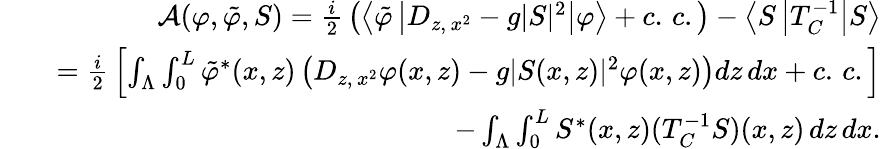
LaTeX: \begin{array}{rlr}&{}&{\mathcal{A}(\varphi,\tilde{\varphi},S)=\frac{i}{2}\, \left(\left\langle\tilde{\varphi}\left\vert D_{z,\, x^{2}}-g\vert S\vert^{2}\right\vert\varphi\right\rangle+c.\, c.\right)-\left\langle S\left\vert T_{C}^{-1}\right\vert S\right\rangle}\\ &{}&{=\frac{i}{2}\, \left\lbrack\int_{\Lambda}\int_{0}^{L}\tilde{\varphi}^{\ast}(x,z)\left(D_{z,\, x^{2}}\varphi(x,z)-g\vert S(x,z)\vert^{2}\varphi(x,z)\right)dz\, dx+c.\, c.\right\rbrack}\\ &{}&{-\int_{\Lambda}\int_{0}^{L}S^{\ast}(x,z)(T_{C}^{-1}S)(x,z)\, dz\, dx.}\end{array}